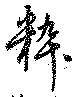
粋